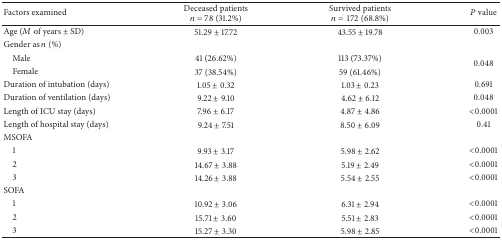
<table><thead><tr><td><b>Factors examined</b></td><td><b>Deceased patients <i>n</i> = 78 (31.2%)</b></td><td><b>Survived patients <i>n</i> = 172 (68.8%)</b></td><td><b><i>P</i> value</b></td></tr></thead><tbody><tr><td>Age (<i>M</i> of years ± SD)</td><td>51.29 ± 17.72</td><td>43.55 ± 19.78</td><td>0.003</td></tr><tr><td>Gender as <i>n</i> (%)</td><td> </td><td> </td><td> </td></tr><tr><td> Male</td><td>41 (26.62%)</td><td>113 (73.37%)</td><td rowspan="2">0.048</td></tr><tr><td> Female</td><td>37 (38.54%)</td><td>59 (61.46%)</td></tr><tr><td>Duration of intubation (days)</td><td>1.05 ± 0.32</td><td>1.03 ± 0.23</td><td>0.691</td></tr><tr><td>Duration of ventilation (days)</td><td>9.22 ± 9.10</td><td>4.62 ± 6.12</td><td>0.048</td></tr><tr><td>Length of ICU stay (days)</td><td>7.96 ± 6.17</td><td>4.87 ± 4.86</td><td>&lt;0.0001</td></tr><tr><td>Length of hospital stay (days)</td><td>9.24 ± 7.51</td><td>8.50 ± 6.09</td><td>0.41</td></tr><tr><td>MSOFA</td><td> </td><td> </td><td> </td></tr><tr><td> 1</td><td>9.93 ± 3.17</td><td>5.98 ± 2.62</td><td>&lt;0.0001</td></tr><tr><td> 2</td><td>14.67 ± 3.88</td><td>5.19 ± 2.49</td><td>&lt;0.0001</td></tr><tr><td> 3</td><td>14.26 ± 3.88</td><td>5.54 ± 2.55</td><td>&lt;0.0001</td></tr><tr><td>SOFA</td><td> </td><td> </td><td> </td></tr><tr><td> 1</td><td>10.92 ± 3.06</td><td>6.31 ± 2.94</td><td>&lt;0.0001</td></tr><tr><td> 2</td><td>15.71 ± 3.60</td><td>5.51 ± 2.83</td><td>&lt;0.0001</td></tr><tr><td> 3</td><td>15.27 ± 3.30</td><td>5.98 ± 2.85</td><td>&lt;0.0001</td></tr></tbody></table>